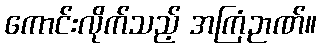
ကောင်းလိုက်သည့် အကြံဉာဏ်။